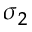
\sigma _ { 2 }